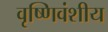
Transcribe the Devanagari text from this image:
वृष्णिवंशीय